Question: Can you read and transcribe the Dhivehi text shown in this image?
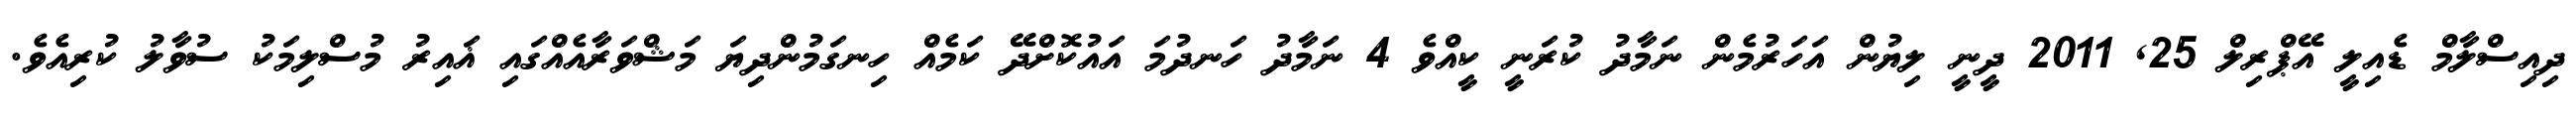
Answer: ދިއިސްލާމް ޑެއިލީ އޭޕްރިލް 25, 2011 ދީނީ ލިޔުން އަހަރުމެން ނަމާދު ކުރަނީ ކީއްވެ 4 ނަމާދު ހަނދުމަ އައުކޮށްދޭ ކަމެއް ހިނގަމުންދިޔަ މަޝްވަރާއެއްގައި ޣައިރު މުސްލިމަކު ސުވާލު ކުރިއެވެ.